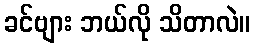
ခင်ဗျား ဘယ်လို သိတာလဲ။